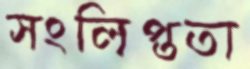
সংলিপ্ততা